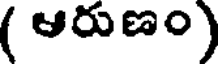
( ఆరుణం)